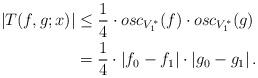
LaTeX: \begin{align*}\left|T(f,g;x)\right|&\leq \frac{1}{4}\cdot osc_{V^*_1}(f)\cdot osc_{V^*_1}(g)\\ &=\frac{1}{4}\cdot \left|f_0-f_1\right|\cdot\left|g_0-g_1\right|.\end{align*}